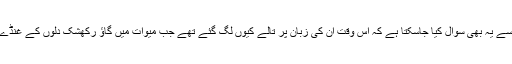
نام نہاد مسلم خواتین کے نام پر خود کو روشن خیال ثابت کرنے کی کوشش کرنے والے مودی جی سے یہ بھی سوال کیا جاسکتا ہے کہ اس وقت ان کی زبان پر تالے کیوں لگ گئے تھے جب میوات میں گاؤ رکھشک دلوں کے غنڈے ایک 20 سالہ خاتون اور اس کی 14 سالہ خالہ زاد بہن کی اجتماعی عصمت ریزی کررہے تھے ۔